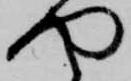
や